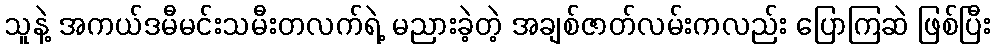
သူနဲ့ အကယ်ဒမီမင်းသမီးတလက်ရဲ့ မညားခဲ့တဲ့ အချစ်ဇာတ်လမ်းကလည်း ပြောကြဆဲ ဖြစ်ပြီး